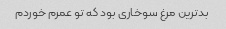
بدترین مرغ سوخاری بود که تو عمرم خوردم